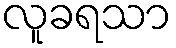
လူခရသာ